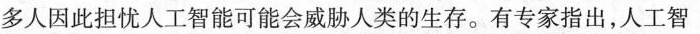
多人因此担忧人工智能可能会威胁人类的生存。有专家指出，人工智